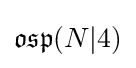
{\mathfrak {osp}}(N|4)